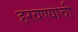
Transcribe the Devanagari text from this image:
हरवण्याची